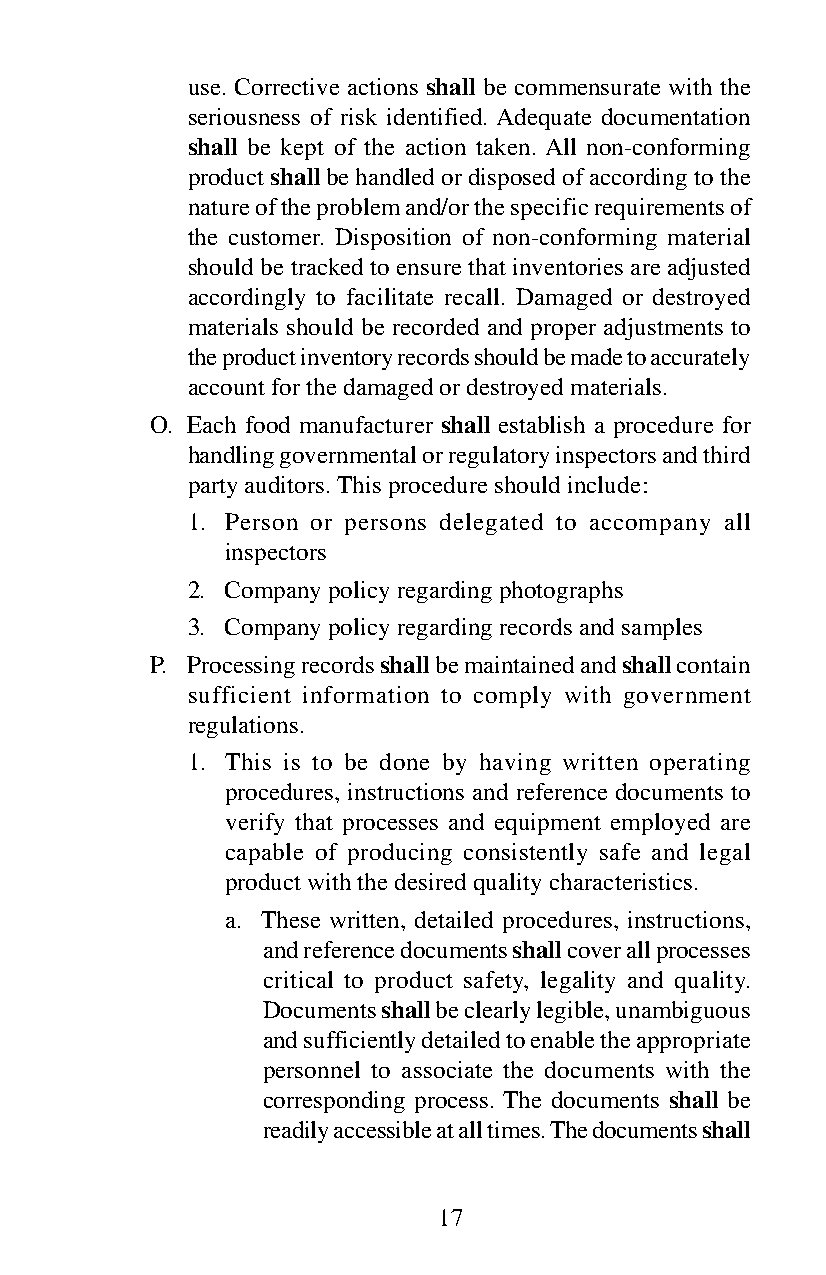
use. Corrective actions shall be commensurate with the
 seriousness of risk identified. Adequate documentation
 shall be kept of the action taken. All non-conforming
 product shall be handled or disposed of according to the
 nature of the problem and/or the specific requirements of
 the customer. Disposition of non-conforming material
 should be tracked to ensure that inventories are adjusted
 accordingly to facilitate recall. Damaged or destroyed
 materials should be recorded and proper adjustments to
 the product inventory records should be made to accurately
 account for the damaged or destroyed materials.
 O. Each food manufacturer shall establish a procedure for
 handling governmental or regulatory inspectors and third
 party auditors. This procedure should include:
 1. Person or persons delegated to accompany all
 inspectors
 2. Company policy regarding photographs
 3. Company policy regarding records and samples
 P. Processing records shall be maintained and shall contain
 sufficient information to comply with government
 regulations.
 1. This is to be done by having written operating
 procedures, instructions and reference documents to
 verify that processes and equipment employed are
 capable of producing consistently safe and legal
 product with the desired quality characteristics.
 a. These written, detailed procedures, instructions,
 and reference documents shall cover all processes
 critical to product safety, legality and quality.
 Documents shall be clearly legible, unambiguous
 and sufficiently detailed to enable the appropriate
 personnel to associate the documents with the
 corresponding process. The documents shall be
 readily accessible at all times. The documents shall
 17